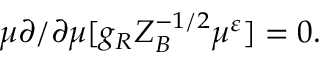
\mu \partial / \partial \mu [ g _ { R } Z _ { B } ^ { - 1 / 2 } \mu ^ { \varepsilon } ] = 0 .